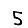
Digit: 5